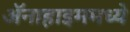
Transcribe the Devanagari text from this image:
ॲनाहाइममध्ये